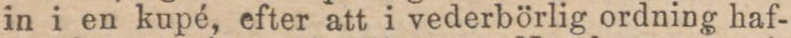
in i en kupé, efter att i vederbörlig ordning haf-